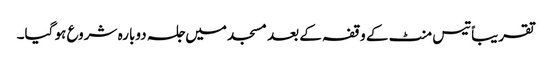
تقریباً تیس منٹ کے وقفہ کے بعد مسجد میں جلسہ دوبارہ شروع ہو گیا۔